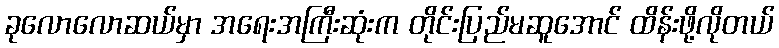
ခုလောလောဆယ်မှာ အရေးအကြီးဆုံးက တိုင်းပြည်မဆူအောင် ထိန်းဖို့လိုတယ်